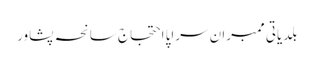
بلدیاتی ممبران سراپا احتجاج سانحہ پشاور